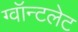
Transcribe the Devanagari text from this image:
ग्वॉन्टलेट